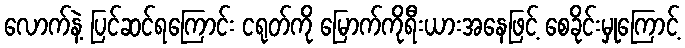
လောက်နဲ့ ပြင်ဆင်ရကြောင်း ငရုတ်ကို မြောက်ကိုရီးယားအနေဖြင့် စေခိုင်းမှုကြောင့်